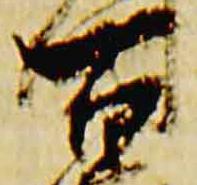
百